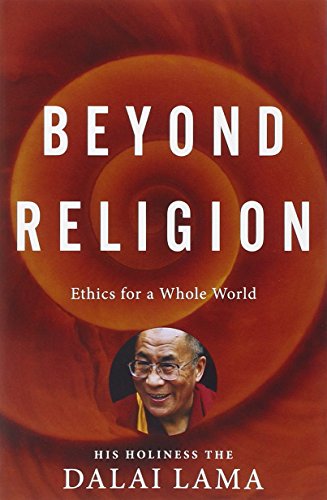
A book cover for Beyond Religion: Ethics for a Whole World; Dalai Lama; Politics & Social Sciences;